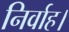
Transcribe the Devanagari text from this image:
निर्वाह।